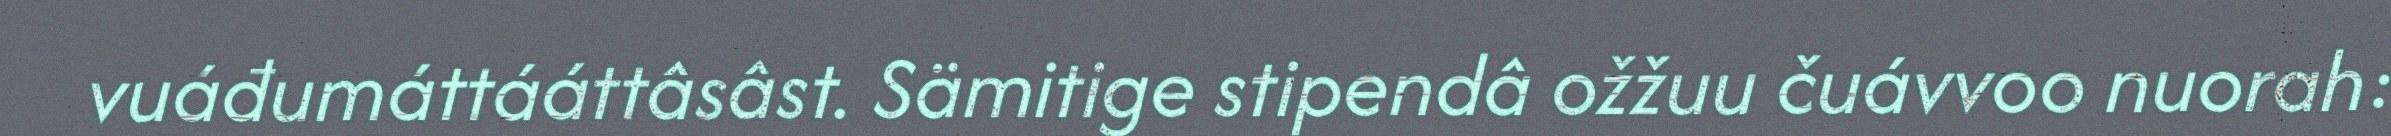
vuáđumáttááttâsâst. Sämitige stipendâ ožžuu čuávvoo nuorah: